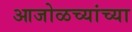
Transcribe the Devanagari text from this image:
आजोळच्यांच्या